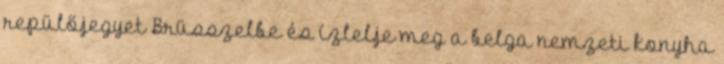
repülőjegyet Brüsszelbe és ízlelje meg a belga nemzeti konyha